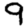
Digit: 9